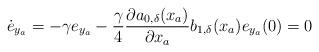
LaTeX: \begin{align*}\dot{e}_{y_a}= -\gamma e_{y_a} -\dfrac{\gamma}{4}\dfrac{\partial a_{0,\delta}(x_a)}{\partial x_a}b_{1,\delta}(x_a) e_{y_a}(0) = 0\end{align*}